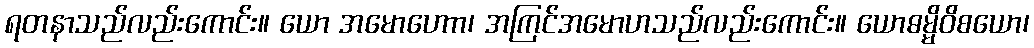
ရတနာသည်လည်းကောင်း။ ယော အမောဟောာ၊ အကြင်အမောဟသည်လည်းကောင်း။ ယောဓမ္မိဝိစယော၊